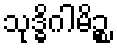
သုဒ္ဓိဂါမိဉ္စ